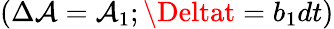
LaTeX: (\Delta\mathcal{A}=\mathcal{A}_{1};\Deltat=b_{1}dt)